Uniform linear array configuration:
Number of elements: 4
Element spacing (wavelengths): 0.25
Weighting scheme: cosine
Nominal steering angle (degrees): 15
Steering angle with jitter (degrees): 14.523
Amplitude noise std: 0.05
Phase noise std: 0.05

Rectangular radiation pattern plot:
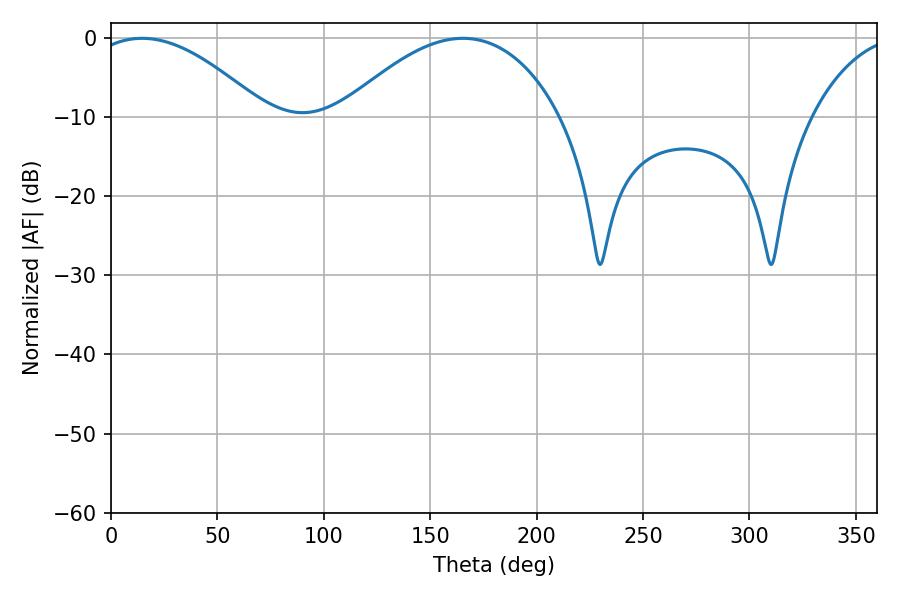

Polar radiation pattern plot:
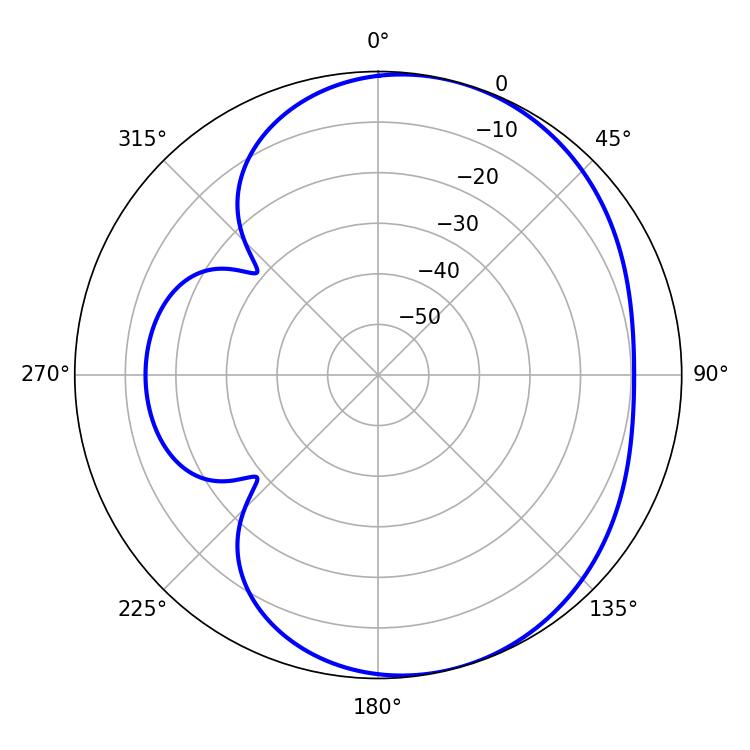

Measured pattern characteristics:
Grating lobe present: FALSE
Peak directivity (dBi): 4.891
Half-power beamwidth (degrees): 45.54
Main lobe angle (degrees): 14.58